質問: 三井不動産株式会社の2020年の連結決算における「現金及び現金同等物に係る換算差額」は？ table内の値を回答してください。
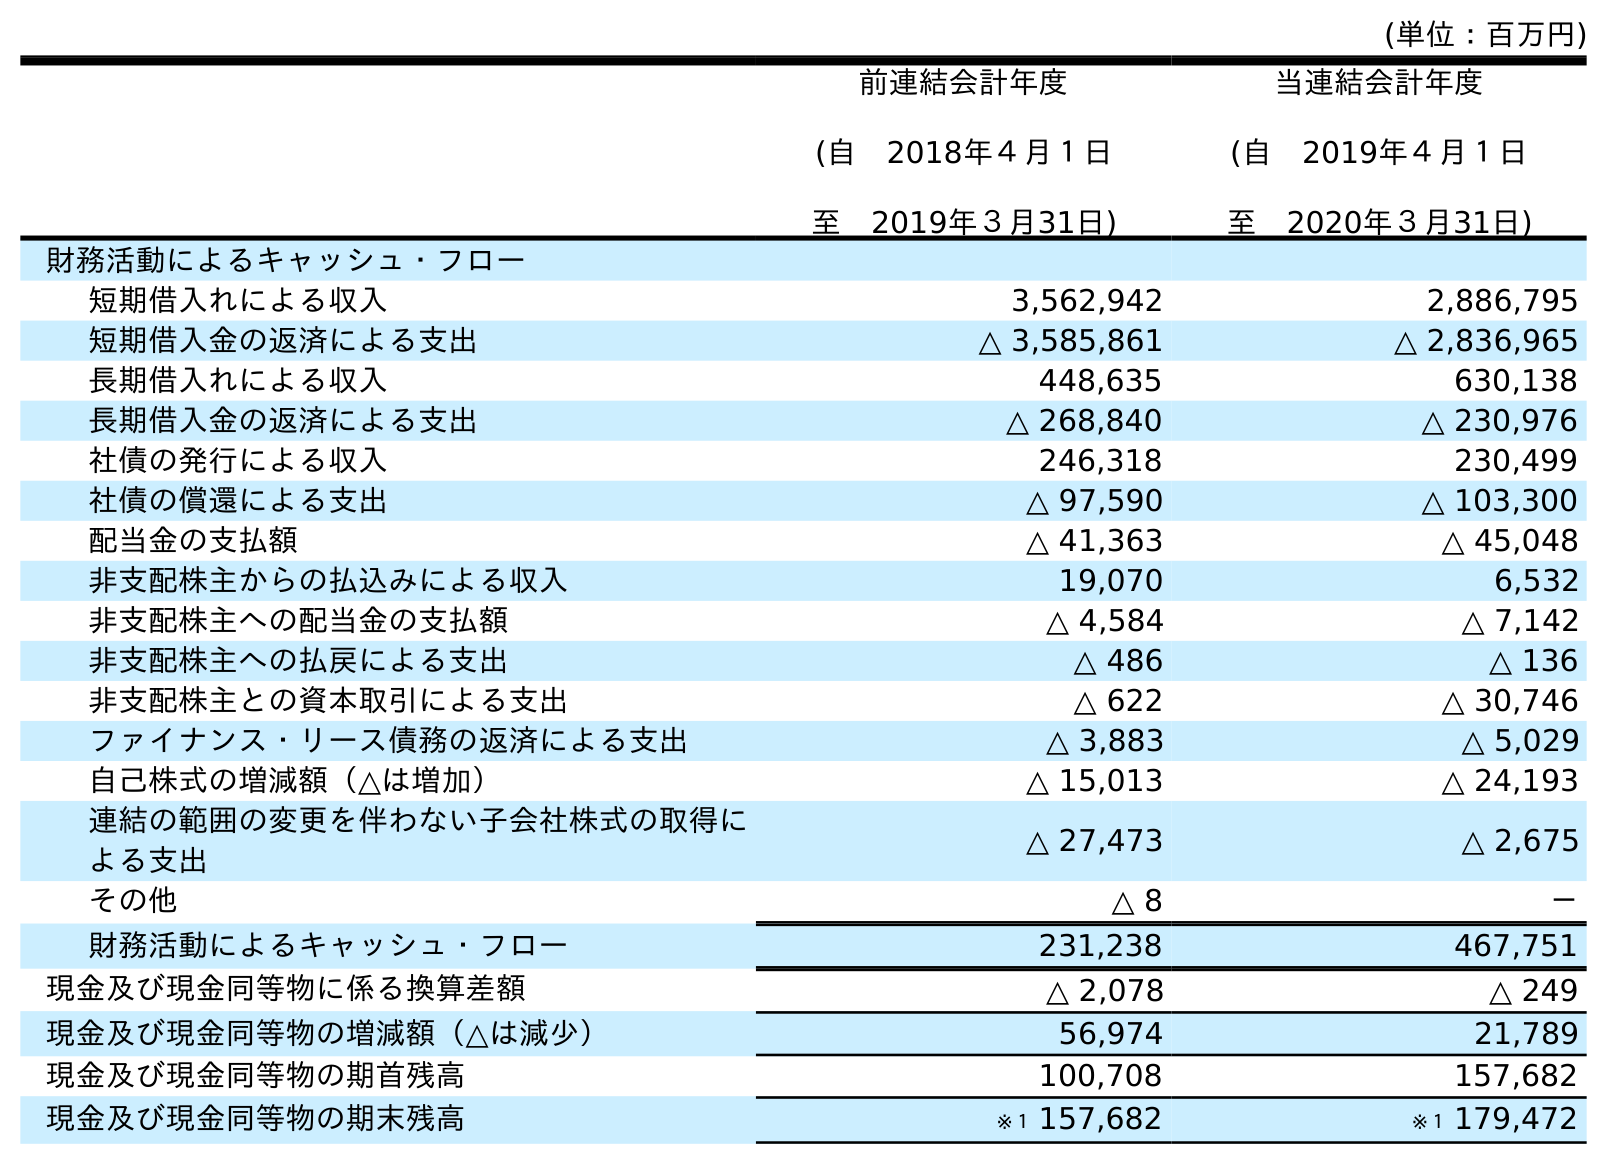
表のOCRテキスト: (単位：百万円) 前連結会計年度 (自 2018年４月１日 至 2019年３月31日) 当連結会計年度 (自 2019年４月１日 至 2020年３月31日) 財務活動によるキャッシュ・フロー 短期借入れによる収入 3,562,942 2,886,795 短期借入金の返済による支出 △ 3,585,861 △ 2,836,965 長期借入れによる収入 448,635 630,138 長期借入金の返済による支出 △ 268,840 △ 230,976 社債の発行による収入 246,318 230,499 社債の償還による支出 △ 97,590 △ 103,300 配当金の支払額 △ 41,363 △ 45,048 非支配株主からの払込みによる収入 19,070 6,532 非支配株主への配当金の支払額 △ 4,584 △ 7,142 非支配株主への払戻による支出 △ 486 △ 136 非支配株主との資本取引による支出 △ 622 △ 30,746 ファイナンス・リース債務の返済による支出 △ 3,883 △ 5,029 自己株式の増減額（△は増加） △ 15,013 △ 24,193 連結の範囲の変更を伴わない子会社株式の取得に よる支出 △ 27,473 △ 2,675 その他 △ 8 － 財務活動によるキャッシュ・フロー 231,238 467,751 現金及び現金同等物に係る換算差額 △ 2,078 △ 249 現金及び現金同等物の増減額（△は減少） 56,974 21,789 現金及び現金同等物の期首残高 100,708 157,682 現金及び現金同等物の期末残高 ※１ 157,682 ※１ 179,472
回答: △249